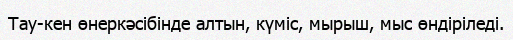
Тау-кен өнеркәсібінде алтын, күміс, мырыш, мыс өндіріледі.